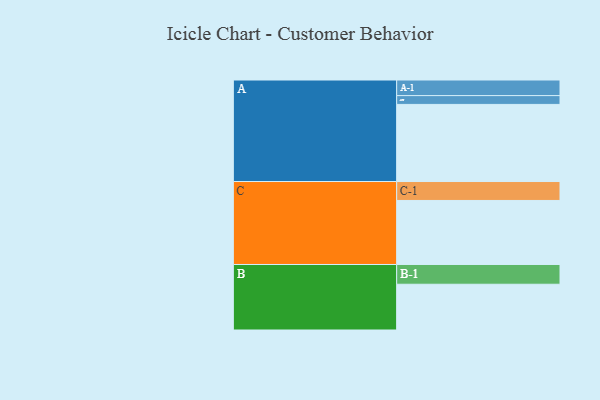
{"axis": {"x": "Segment", "y": "Value"}, "legend": ["", "A", "B", "C"], "data": [{"x": "A", "y": 578, "type": ""}, {"x": "B", "y": 343, "type": ""}, {"x": "C", "y": 480, "type": ""}, {"x": "A-1", "y": 117, "type": "A"}, {"x": "A-2", "y": 66, "type": "A"}, {"x": "B-1", "y": 148, "type": "B"}, {"x": "C-1", "y": 142, "type": "C"}]}